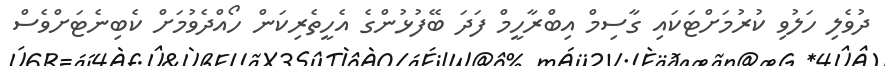
ދުވެލި ހަލުވި ކުރުމަށްޓަކައި ގާސިމް އިބްރާހީމް ފަދަ ބޭފުޅުންގެ އެހީތެރިކަން ހޯއްދެވުމަށް ކެބިނެޓަށްވެސް